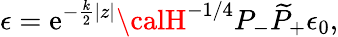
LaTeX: \epsilon=\mathrm{e}^{-{\frac{{k}}{{2}}}|z|}{\calH}^{-1/4}P_{-}\widetilde{P}_{+}\epsilon_{0},